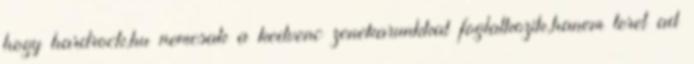
hogy hardrock.hu nemcsak a kedvenc zenekarunkkal foglalkozik,hanem teret ad